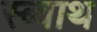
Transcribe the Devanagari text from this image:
स्ब्बाथ